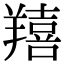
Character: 𦏔